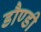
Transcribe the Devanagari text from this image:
डौण्डी